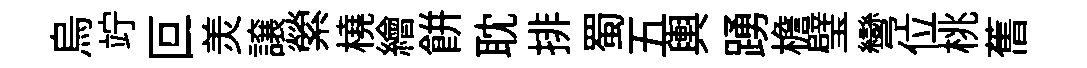
烏竚叵羙譲縈橈繪餅耽排蜀五輿踴檐璧彎位桃𦾔